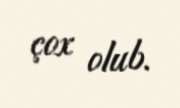
çox olub.